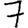
Digit: 7